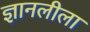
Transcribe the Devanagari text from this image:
ज्ञानलीला